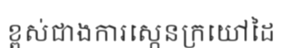
ខ្ពស់ជាងការស្កេនក្រយៅដៃ